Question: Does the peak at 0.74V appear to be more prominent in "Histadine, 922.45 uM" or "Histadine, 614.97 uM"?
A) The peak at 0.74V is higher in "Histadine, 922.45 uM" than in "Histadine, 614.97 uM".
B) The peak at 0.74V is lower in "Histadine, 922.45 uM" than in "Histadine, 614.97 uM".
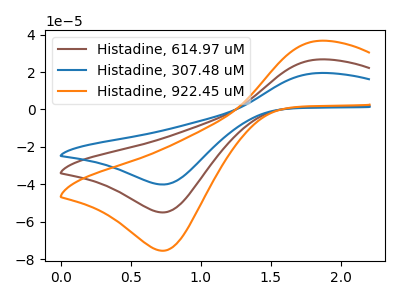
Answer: <think>The brown curve "Histadine, 614.97 uM" has an anodic peak at (1.85V, 26.65uA) and a cathodic peak at (0.75V, -54.95uA). The blue curve "Histadine, 307.48 uM" has an anodic peak at (1.85V, 19.45uA) and a cathodic peak at (0.75V, -40.05uA). The orange curve "Histadine, 922.45 uM" has an anodic peak at (1.85V, 53.35uA) and a cathodic peak at (0.75V, -109.90uA).</think>
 <answer>A) The peak at 0.74V is higher in "Histadine, 922.45 uM" than in "Histadine, 614.97 uM".</answer>
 <eval>A</eval>